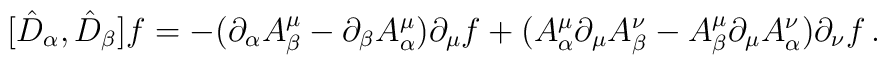
[\hat{D}_{\alpha}, \hat{D}_{\beta}] f=-(\partial_{\alpha}A^{\mu}_{\beta}-\partial_{\beta}A^{\mu}_{\alpha})\partial_{\mu}f+(A^{\mu}_{\alpha}\partial_{\mu}A^{\nu}_{\beta}-A^{\mu}_{\beta}\partial_{\mu}A^{\nu}_{\alpha})\partial_{\nu}f\,.